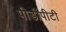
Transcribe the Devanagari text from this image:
पीडीपीटी